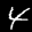
Label: 4